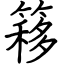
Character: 簃